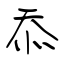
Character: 忝